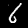
Digit: 6